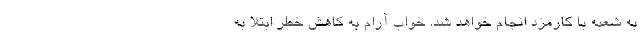
به شعبه با کارمزد انجام خواهد شد. خواب آرام به کاهش خطر ابتلا به